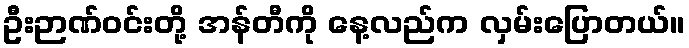
ဦးဉာဏ်ဝင်းတို့ အန်တီကို နေ့လည်က လှမ်းပြောတယ်။